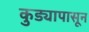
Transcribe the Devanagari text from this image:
कुड्यापासून